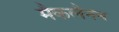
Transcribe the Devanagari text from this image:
मैकलैनन